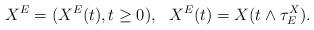
LaTeX: \begin{align*}X^E = (X^E(t), t \ge 0),\ \ X^E(t) = X(t\wedge\tau^X_E).\end{align*}